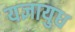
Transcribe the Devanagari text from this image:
यज्ञायुध